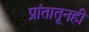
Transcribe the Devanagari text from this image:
प्रांतातूनही